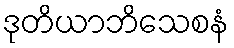
ဒုတိယာဘိသေစနံ